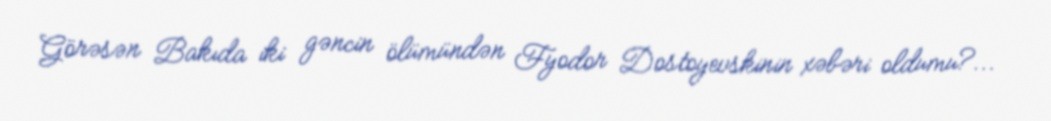
Görəsən Bakıda iki gəncin ölümündən Fyodor Dostoyevskinin xəbəri oldumu?...